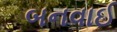
બનવાઈ